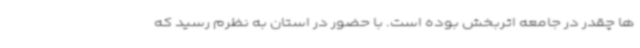
ها چقدر در جامعه اثربخش بوده است. با حضور در استان به نظرم رسید که